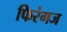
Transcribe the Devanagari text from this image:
फिरंगज